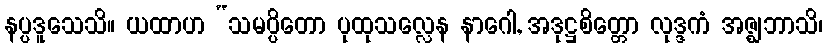
နပ္ပဒူသေသိ။ ယထာဟ “သမပ္ပိတော ပုထုသလ္လေန နာဂေါ, အဒုဋ္ဌစိတ္တော လုဒ္ဒကံ အဇ္ဈဘာသိ၊